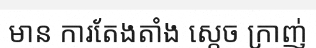
មាន ការតែងតាំង ស្តេច ក្រាញ់